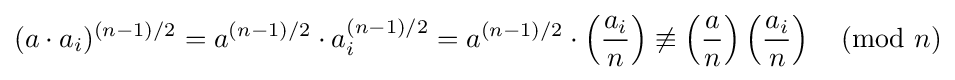
(a\cdot a_{i})^{(n-1)/2}=a^{(n-1)/2}\cdot a_{i}^{(n-1)/2}=a^{(n-1)/2}\cdot \left({\frac {a_{i}}{n}}\right)\not \equiv \left({\frac {a}{n}}\right)\left({\frac {a_{i}}{n}}\right){\pmod {n}}